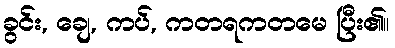
ခွင်း, ချေ, ကပ်, ကတရကတမေ ပြီး၏။